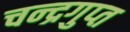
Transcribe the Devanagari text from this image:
चन्‍द्रगुप्‍त